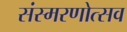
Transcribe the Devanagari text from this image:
संस्मरणोत्सव